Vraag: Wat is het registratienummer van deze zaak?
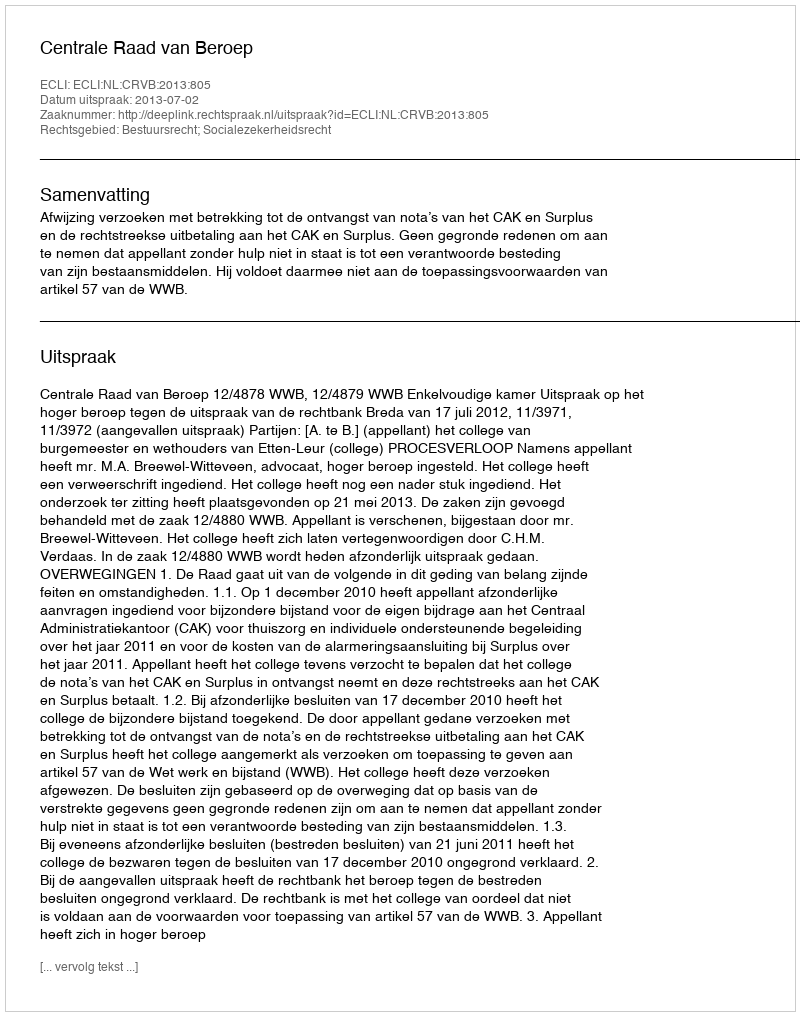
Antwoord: http://deeplink.rechtspraak.nl/uitspraak?id=ECLI:NL:CRVB:2013:805